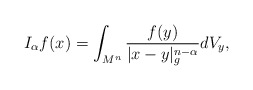
\begin{align*} I_\alpha f(x)=\int_{M^n}\frac{f(y)}{|x-y|_g^{n-\alpha}}dV_y,\\ \end{align*}